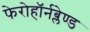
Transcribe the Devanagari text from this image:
फेरोहॉर्नब्लेण्ड